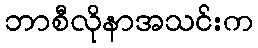
ဘာစီလိုနာအသင်းက